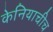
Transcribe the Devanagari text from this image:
केनियाचीच